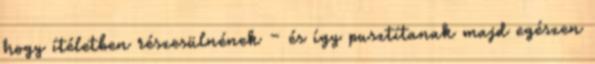
hogy ítéletben részesülnének – és így pusztítanak majd egészen